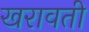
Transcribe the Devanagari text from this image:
खरावती